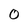
Character: 0